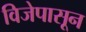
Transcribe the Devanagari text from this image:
विजेपासून